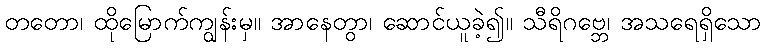
တတော၊ ထိုမြောက်ကျွန်းမှ။ အာနေတွာ၊ ဆောင်ယူခဲ့၍။ သီရိဂဗ္ဘေ၊ အသရေရှိသော